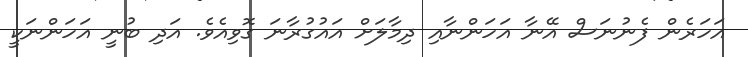
އަހަރެން ފެނުނަސް އޭނާ އަހަންނާއި ދިމާލަށް އައުގުރާނަ ގޮވިއެވެ. އަދި ބުނީ އަހަންނަކީ